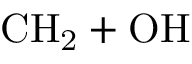
\mathrm { C H _ { 2 } + O H }